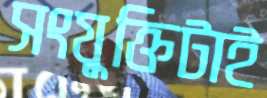
সংযুক্তিটাই